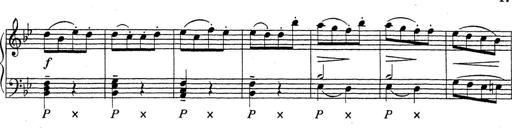
Title: ÄŒeskÃ© Sonatiny
Composer: Various